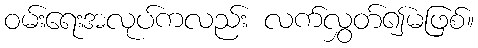
ဝမ်းရေးအလုပ်ကလည်း လက်လွှတ်၍မဖြစ်။